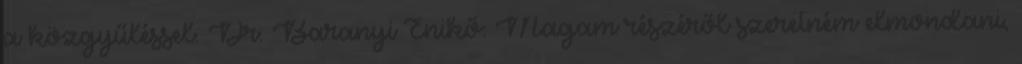
a közgyűléssel. Dr. Baranyi Enikő: Magam részéről szeretném elmondani,